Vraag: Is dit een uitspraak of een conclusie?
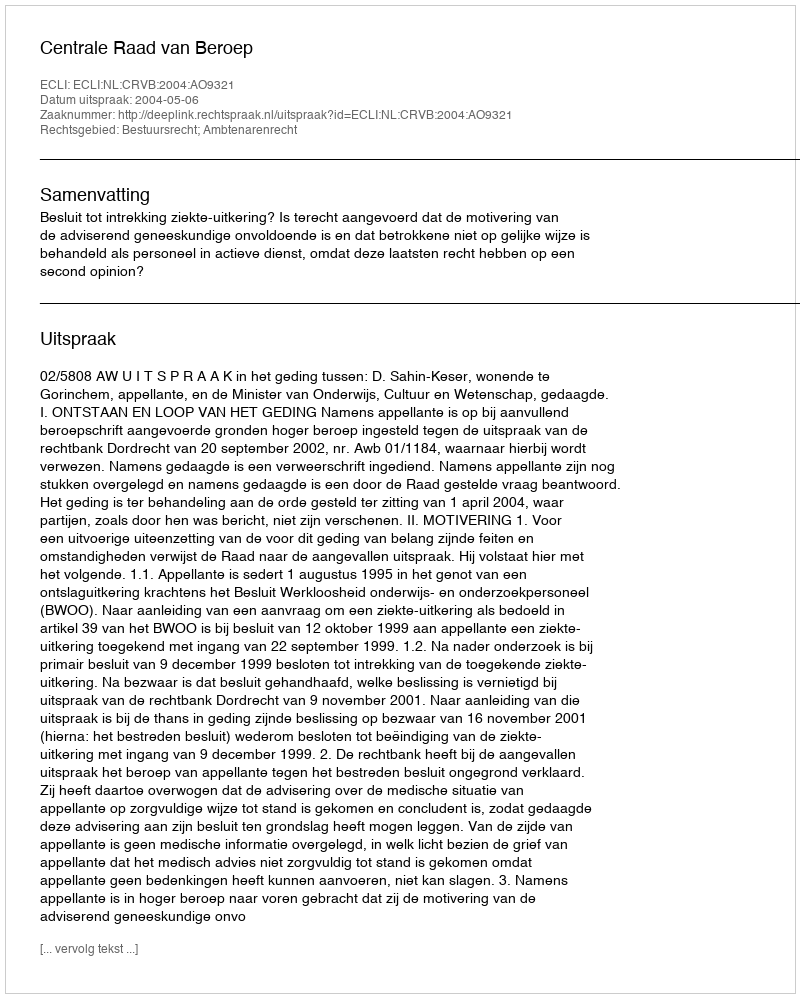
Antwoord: Uitspraak